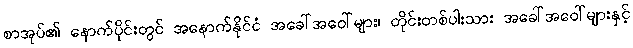
စာအုပ်၏ နောက်ပိုင်းတွင် အနောက်နိုင်ငံ အခေါ်အဝေါ်များ၊ တိုင်းတစ်ပါးသား အခေါ်အဝေါ်များနှင့်